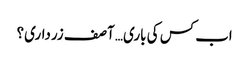
اب کس کی باری… آصف زرداری؟